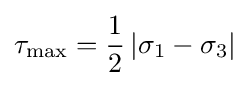
\tau _{\max }={\frac {1}{2}}\left|\sigma _{1}-\sigma _{3}\right|